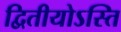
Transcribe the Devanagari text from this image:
द्वितीयोऽस्ति